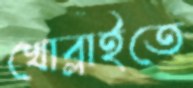
খোব্‌লাইতে